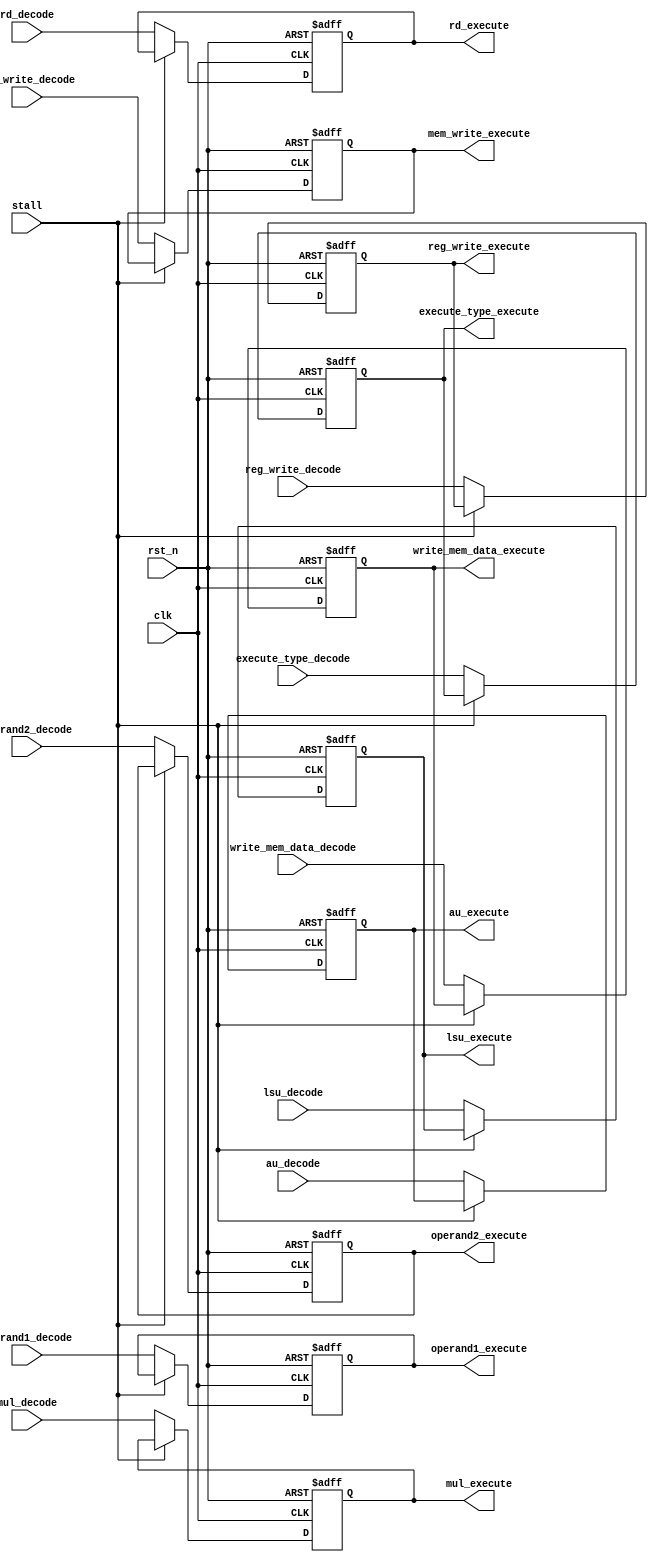
module Transfer_Decode_Execute(
	// Input signals
	input wire			clk,
	input wire			rst_n,
	input wire			stall,
	input wire [31:0]	operand1_decode,
	input wire [31:0]	operand2_decode,
	input wire			reg_write_decode,
	input wire			mem_write_decode,
	input wire [31:0]	write_mem_data_decode,
	input wire [4:0]	rd_decode,
	input wire [4:0]	execute_type_decode,
	input wire 			au_decode,
	input wire 			mul_decode,
	input wire			lsu_decode,
	// Output signals	
	output reg [31:0]	operand1_execute,
	output reg [31:0]	operand2_execute,
	output reg			reg_write_execute,
	output reg			mem_write_execute,
	output reg [31:0]	write_mem_data_execute,
	output reg [4:0]	rd_execute,
	output reg [4:0]	execute_type_execute,
	output reg			au_execute,
	output reg			mul_execute,
	output reg			lsu_execute
);

	always @(posedge clk or negedge rst_n) begin
		if(!rst_n) begin
			operand1_execute <= 32'd0;
			operand2_execute <= 32'd0;
			reg_write_execute <= 1'b0;
			mem_write_execute <= 1'b0;
			write_mem_data_execute <= 32'd0;
			rd_execute <= 5'd0;
			execute_type_execute <= 5'd0;
			au_execute <= 1'b0;
			mul_execute <= 1'b0;
			lsu_execute <= 1'b0;
		end
		else if(stall) begin
			operand1_execute <= operand1_execute;
			operand2_execute <= operand2_execute;
			reg_write_execute <= reg_write_execute;
			mem_write_execute <= mem_write_execute;
			write_mem_data_execute <= write_mem_data_execute;
			rd_execute <= rd_execute;
			execute_type_execute <= execute_type_execute;
			au_execute <= au_execute;
			mul_execute <= mul_execute;
			lsu_execute <= lsu_execute;
		end
		else begin
			operand1_execute <= operand1_decode;
			operand2_execute <= operand2_decode;
			reg_write_execute <= reg_write_decode;
			mem_write_execute <= mem_write_decode;
			write_mem_data_execute <= write_mem_data_decode;
			rd_execute <= rd_decode;
			execute_type_execute <= execute_type_decode;
			au_execute <= au_decode;
			mul_execute <= mul_decode;
			lsu_execute <= lsu_decode;
		end
	end

endmodule